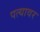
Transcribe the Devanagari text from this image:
पत्‍यावर